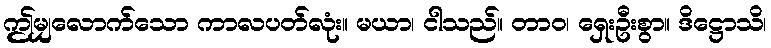
ဤမျှလောက်သော ကာလပတ်လုံး။ မယာ၊ ငါသည်။ တာဝ၊ ရှေးဦးစွာ။ ဒိဋ္ဌောသိ၊